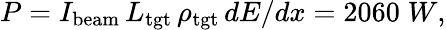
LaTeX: P=I_{\mathrm{{beam}}}\, L_{\mathrm{{tgt}}}\, \rho_{\mathrm{{tgt}}}\, dE/dx=2060\; W,